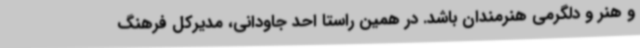
و هنر و دلگرمی هنرمندان باشد. در همین راستا احد جاودانی، مدیرکل فرهنگ